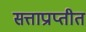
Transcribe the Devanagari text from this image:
सत्ताप्राप्तीत